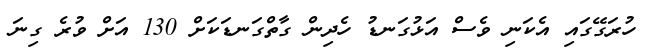
ހުރަގޭގައި އެކަނި ވެސް އަޅުގަނޑު ހެދިން ގާތްގަނޑަކަށް 130 އަށް ވުރެ ގިނަ